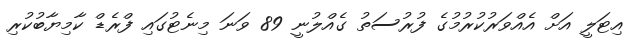
އިޓަލީ އަށް އެއްވަރުކުރުމުގެ ފުރުސަތު ގެއްލުނީ 89 ވަނަ މިނެޓުގައި ފްރެޑް ކާމިޔާބުކުރި